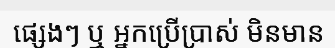
ផ្សេងៗ ឬ អ្នកប្រើប្រាស់ មិនមាន